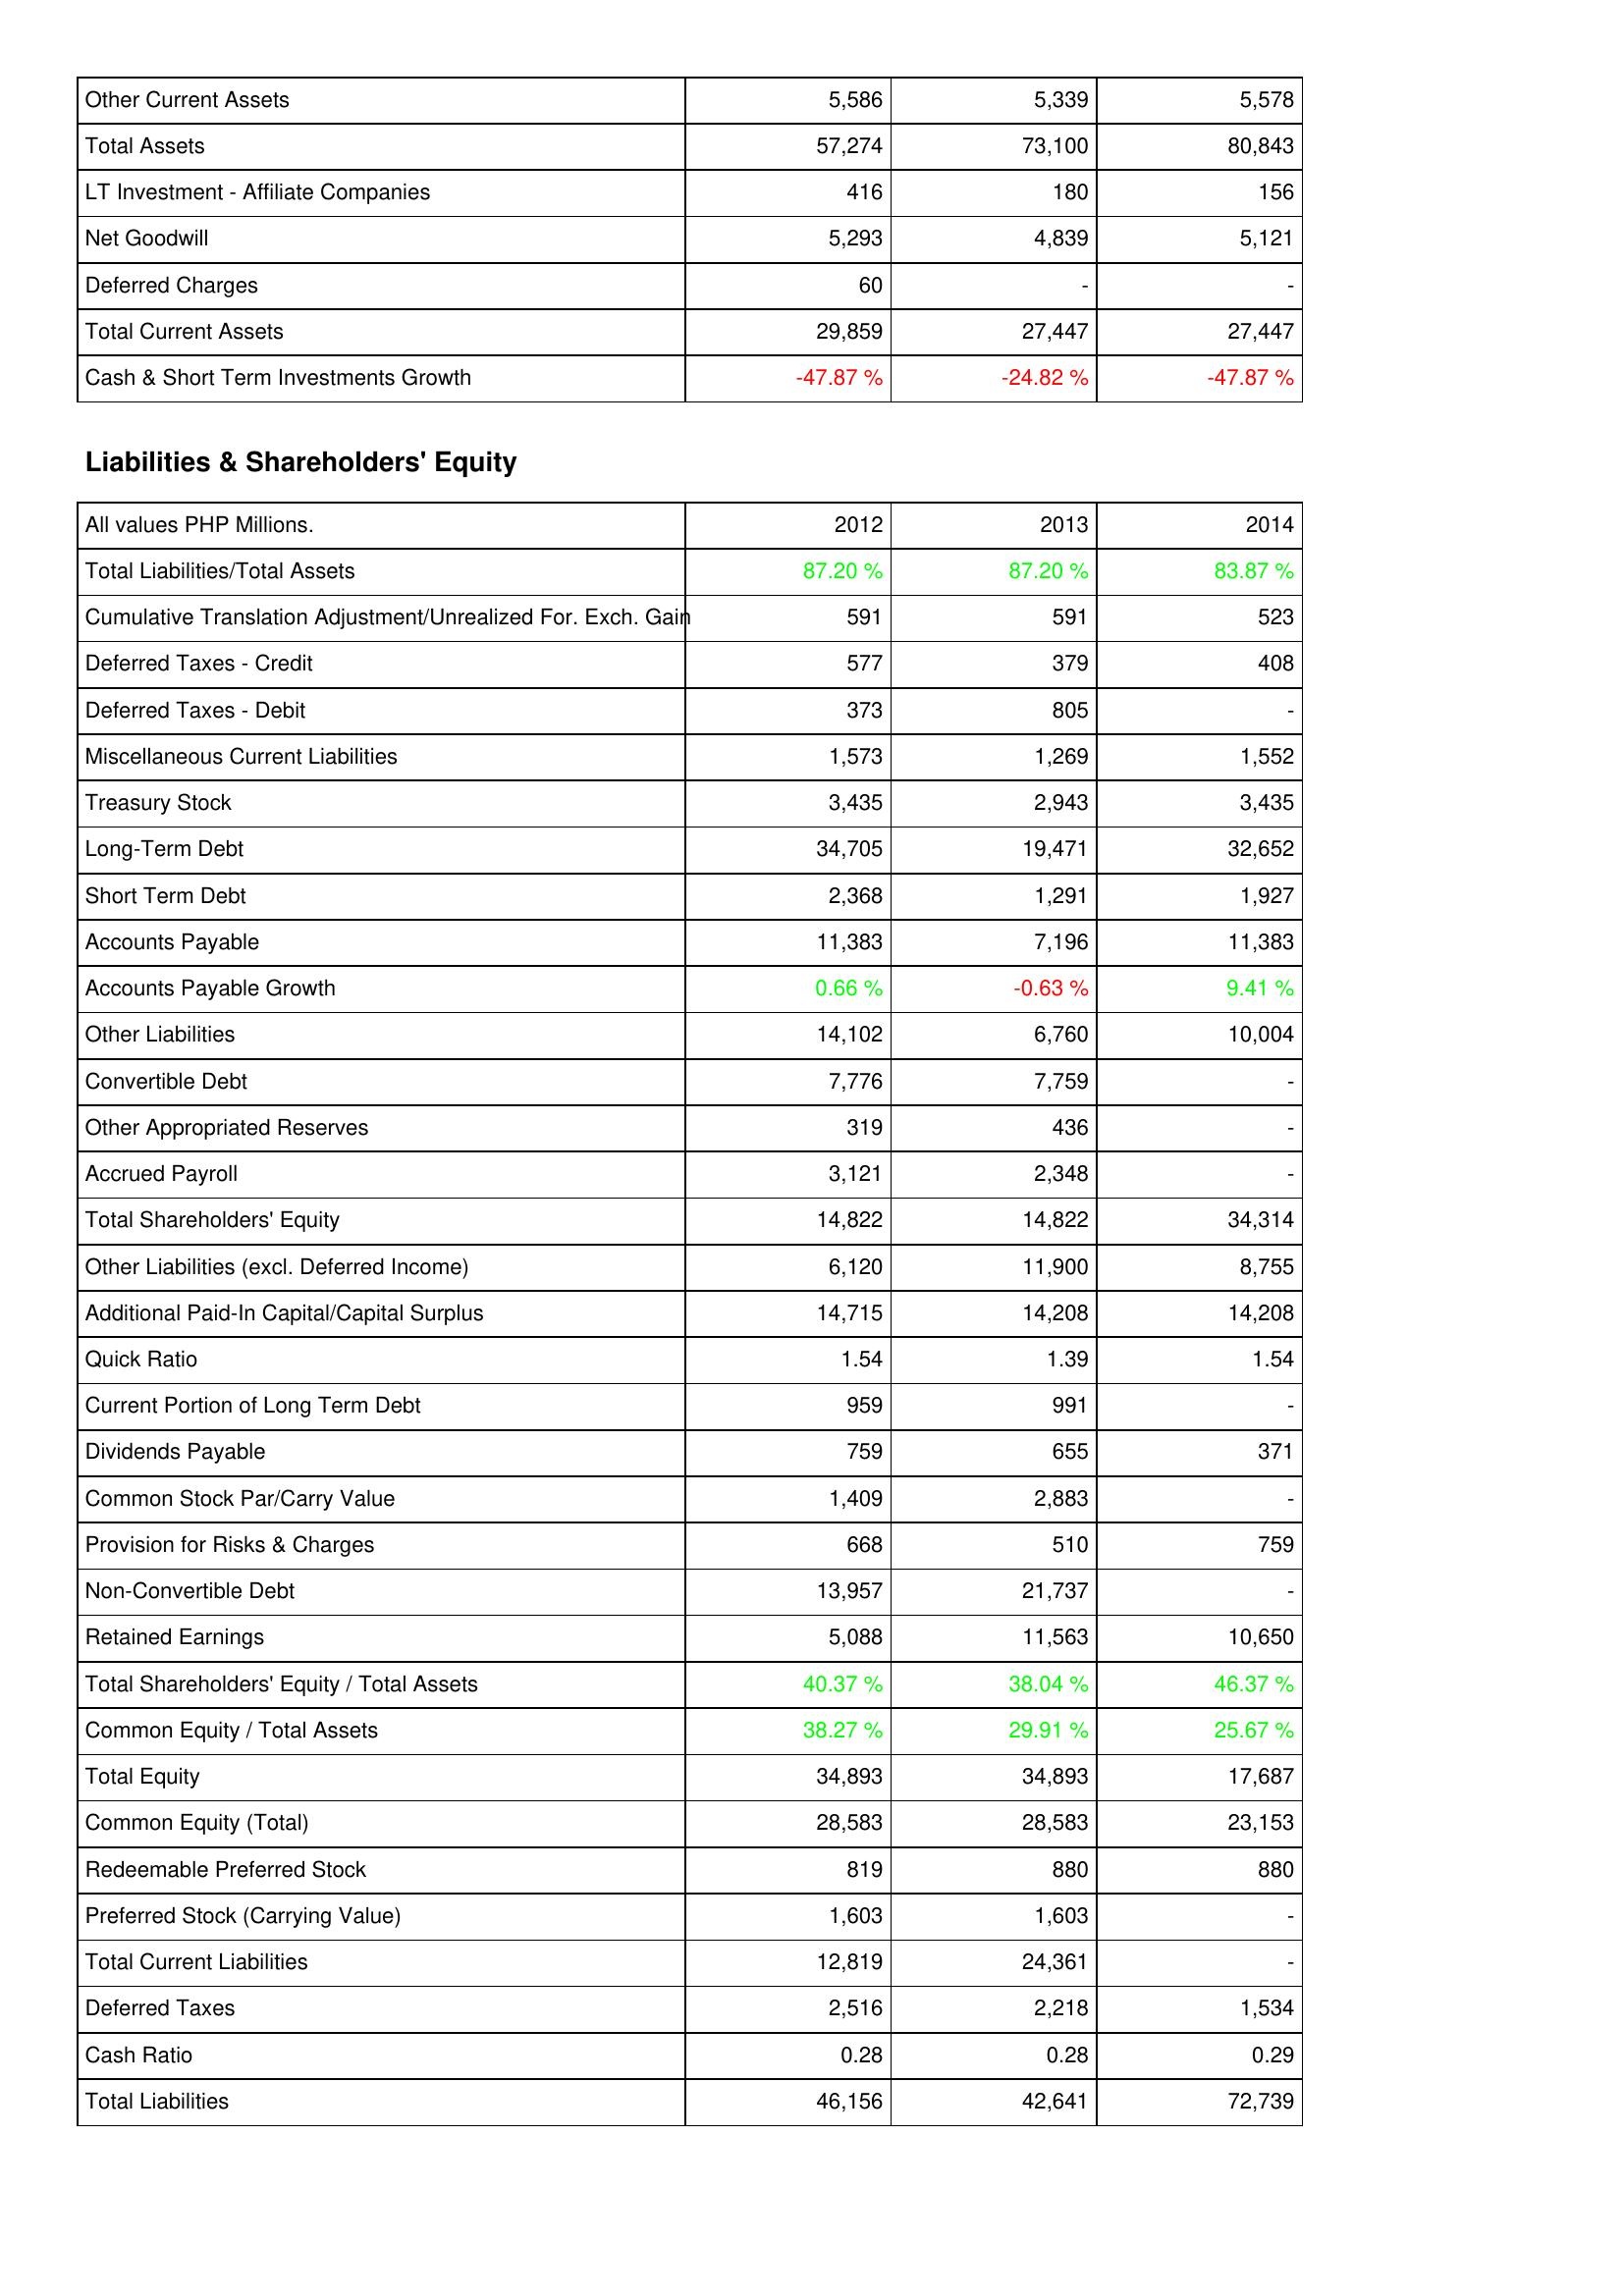
2012: Assets: Other Current Assets: 5,586
Total Assets: 57,274
LT Investment - Affiliate Companies: 416
Net Goodwill: 5,293
Deferred Charges: 60
Total Current Assets: 29,859
Cash & Short Term Investments Growth: -47.87 %
Liabilities & Shareholders' Equity: Total Liabilities/Total Assets: 87.20 %
Cumulative Translation Adjustment/Unrealized For. Exch. Gain: 591
Deferred Taxes - Credit: 577
Deferred Taxes - Debit: 373
Miscellaneous Current Liabilities: 1,573
Treasury Stock: 3,435
Long-Term Debt: 34,705
Short Term Debt: 2,368
Accounts Payable: 11,383
Accounts Payable Growth: 0.66 %
Other Liabilities: 14,102
Convertible Debt: 7,776
Other Appropriated Reserves: 319
Accrued Payroll: 3,121
Total Shareholders' Equity: 14,822
Other Liabilities (excl. Deferred Income): 6,120
Additional Paid-In Capital/Capital Surplus: 14,715
Quick Ratio: 1.54
Current Portion of Long Term Debt: 959
Dividends Payable: 759
Common Stock Par/Carry Value: 1,409
Provision for Risks & Charges: 668
Non-Convertible Debt: 13,957
Retained Earnings: 5,088
Total Shareholders' Equity / Total Assets: 40.37 %
Common Equity / Total Assets: 38.27 %
Total Equity: 34,893
Common Equity (Total): 28,583
Redeemable Preferred Stock: 819
Preferred Stock (Carrying Value): 1,603
Total Current Liabilities: 12,819
Deferred Taxes: 2,516
Cash Ratio: 0.28
Total Liabilities: 46,156
2013: Assets: Other Current Assets: 5,339
Total Assets: 73,100
LT Investment - Affiliate Companies: 180
Net Goodwill: 4,839
Deferred Charges: -
Total Current Assets: 27,447
Cash & Short Term Investments Growth: -24.82 %
Liabilities & Shareholders' Equity: Total Liabilities/Total Assets: 87.20 %
Cumulative Translation Adjustment/Unrealized For. Exch. Gain: 591
Deferred Taxes - Credit: 379
Deferred Taxes - Debit: 805
Miscellaneous Current Liabilities: 1,269
Treasury Stock: 2,943
Long-Term Debt: 19,471
Short Term Debt: 1,291
Accounts Payable: 7,196
Accounts Payable Growth: -0.63 %
Other Liabilities: 6,760
Convertible Debt: 7,759
Other Appropriated Reserves: 436
Accrued Payroll: 2,348
Total Shareholders' Equity: 14,822
Other Liabilities (excl. Deferred Income): 11,900
Additional Paid-In Capital/Capital Surplus: 14,208
Quick Ratio: 1.39
Current Portion of Long Term Debt: 991
Dividends Payable: 655
Common Stock Par/Carry Value: 2,883
Provision for Risks & Charges: 510
Non-Convertible Debt: 21,737
Retained Earnings: 11,563
Total Shareholders' Equity / Total Assets: 38.04 %
Common Equity / Total Assets: 29.91 %
Total Equity: 34,893
Common Equity (Total): 28,583
Redeemable Preferred Stock: 880
Preferred Stock (Carrying Value): 1,603
Total Current Liabilities: 24,361
Deferred Taxes: 2,218
Cash Ratio: 0.28
Total Liabilities: 42,641
2014: Assets: Other Current Assets: 5,578
Total Assets: 80,843
LT Investment - Affiliate Companies: 156
Net Goodwill: 5,121
Deferred Charges: -
Total Current Assets: 27,447
Cash & Short Term Investments Growth: -47.87 %
Liabilities & Shareholders' Equity: Total Liabilities/Total Assets: 83.87 %
Cumulative Translation Adjustment/Unrealized For. Exch. Gain: 523
Deferred Taxes - Credit: 408
Deferred Taxes - Debit: -
Miscellaneous Current Liabilities: 1,552
Treasury Stock: 3,435
Long-Term Debt: 32,652
Short Term Debt: 1,927
Accounts Payable: 11,383
Accounts Payable Growth: 9.41 %
Other Liabilities: 10,004
Convertible Debt: -
Other Appropriated Reserves: -
Accrued Payroll: -
Total Shareholders' Equity: 34,314
Other Liabilities (excl. Deferred Income): 8,755
Additional Paid-In Capital/Capital Surplus: 14,208
Quick Ratio: 1.54
Current Portion of Long Term Debt: -
Dividends Payable: 371
Common Stock Par/Carry Value: -
Provision for Risks & Charges: 759
Non-Convertible Debt: -
Retained Earnings: 10,650
Total Shareholders' Equity / Total Assets: 46.37 %
Common Equity / Total Assets: 25.67 %
Total Equity: 17,687
Common Equity (Total): 23,153
Redeemable Preferred Stock: 880
Preferred Stock (Carrying Value): -
Total Current Liabilities: -
Deferred Taxes: 1,534
Cash Ratio: 0.29
Total Liabilities: 72,739